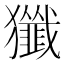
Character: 㺤